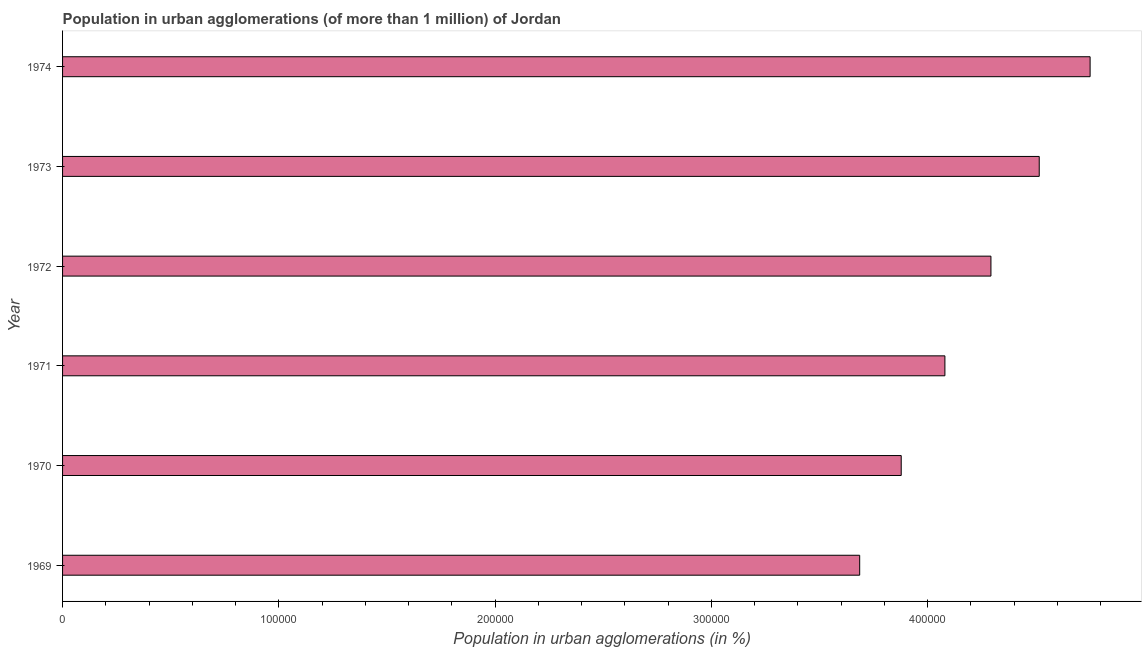
| Year | Population in urban agglomerations |
 | --- | --- |
 | 1969 | 3.69e+05 |
 | 1970 | 3.88e+05 |
 | 1971 | 4.08e+05 |
 | 1972 | 4.29e+05 |
 | 1973 | 4.52e+05 |
 | 1974 | 4.75e+05 |